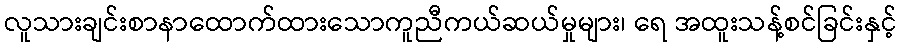
လူသားချင်းစာနာထောက်ထားသောကူညီကယ်ဆယ်မှုများ၊ ရေ အထူးသန့်စင်ခြင်းနှင့်